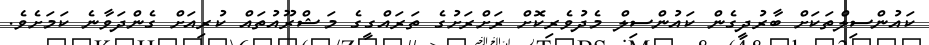
ކައުންސިލްތަކަށް ބާރުދީގެން ކައުންސިލް މެދުވެރިކޮށް ރަށްރަށުގެ ތަރައްގީގެ މަޝްރޫއުތައް ކުރިއަށް ގެންދަވާނެ ކަމަށެވެ.